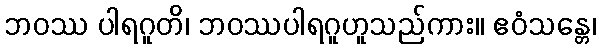
ဘဝဿ ပါရဂူတိ၊ ဘဝဿပါရဂူဟူသည်ကား။ ဧဝံသန္တေ၊